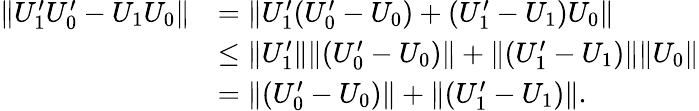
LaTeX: \begin{array}{rl}{\lVert U_{1}^{\prime}U_{0}^{\prime}-U_{1}U_{0}\rVert}&{=\lVert U_{1}^{\prime}(U_{0}^{\prime}-U_{0})+(U_{1}^{\prime}-U_{1})U_{0}\rVert}\\ &{\leq\lVert U_{1}^{\prime}\rVert\lVert(U_{0}^{\prime}-U_{0})\rVert+\lVert(U_{1}^{\prime}-U_{1})\rVert\lVert U_{0}\rVert}\\ &{=\lVert(U_{0}^{\prime}-U_{0})\rVert+\lVert(U_{1}^{\prime}-U_{1})\rVert.}\end{array}